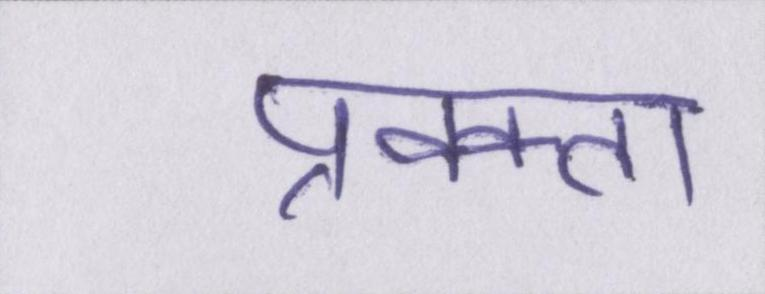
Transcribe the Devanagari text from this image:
प्रवक्ता